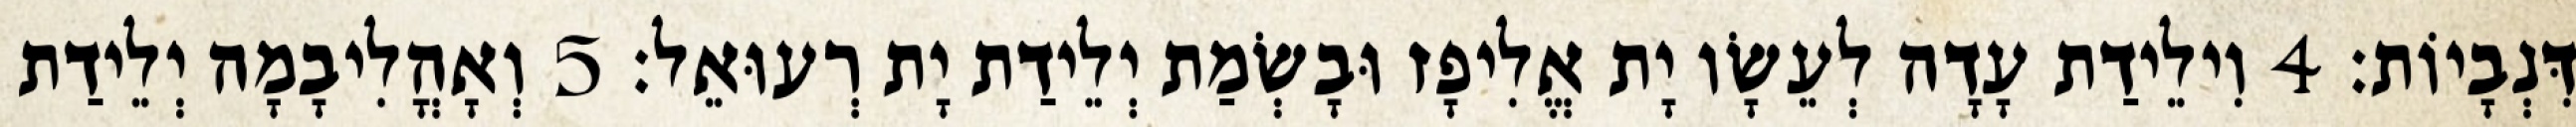
דִּנְבָיוֹת׃ 4 וִילֵידַת עָדָה לְעֵשָׂו יָת אֱלִיפָז וּבָשְׂמַת יְלֵידַת יָת רְעוּאֵל׃ 5 וְאָהֳלִיבָמָה יְלֵידַת